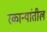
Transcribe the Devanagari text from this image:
रकान्यांतील